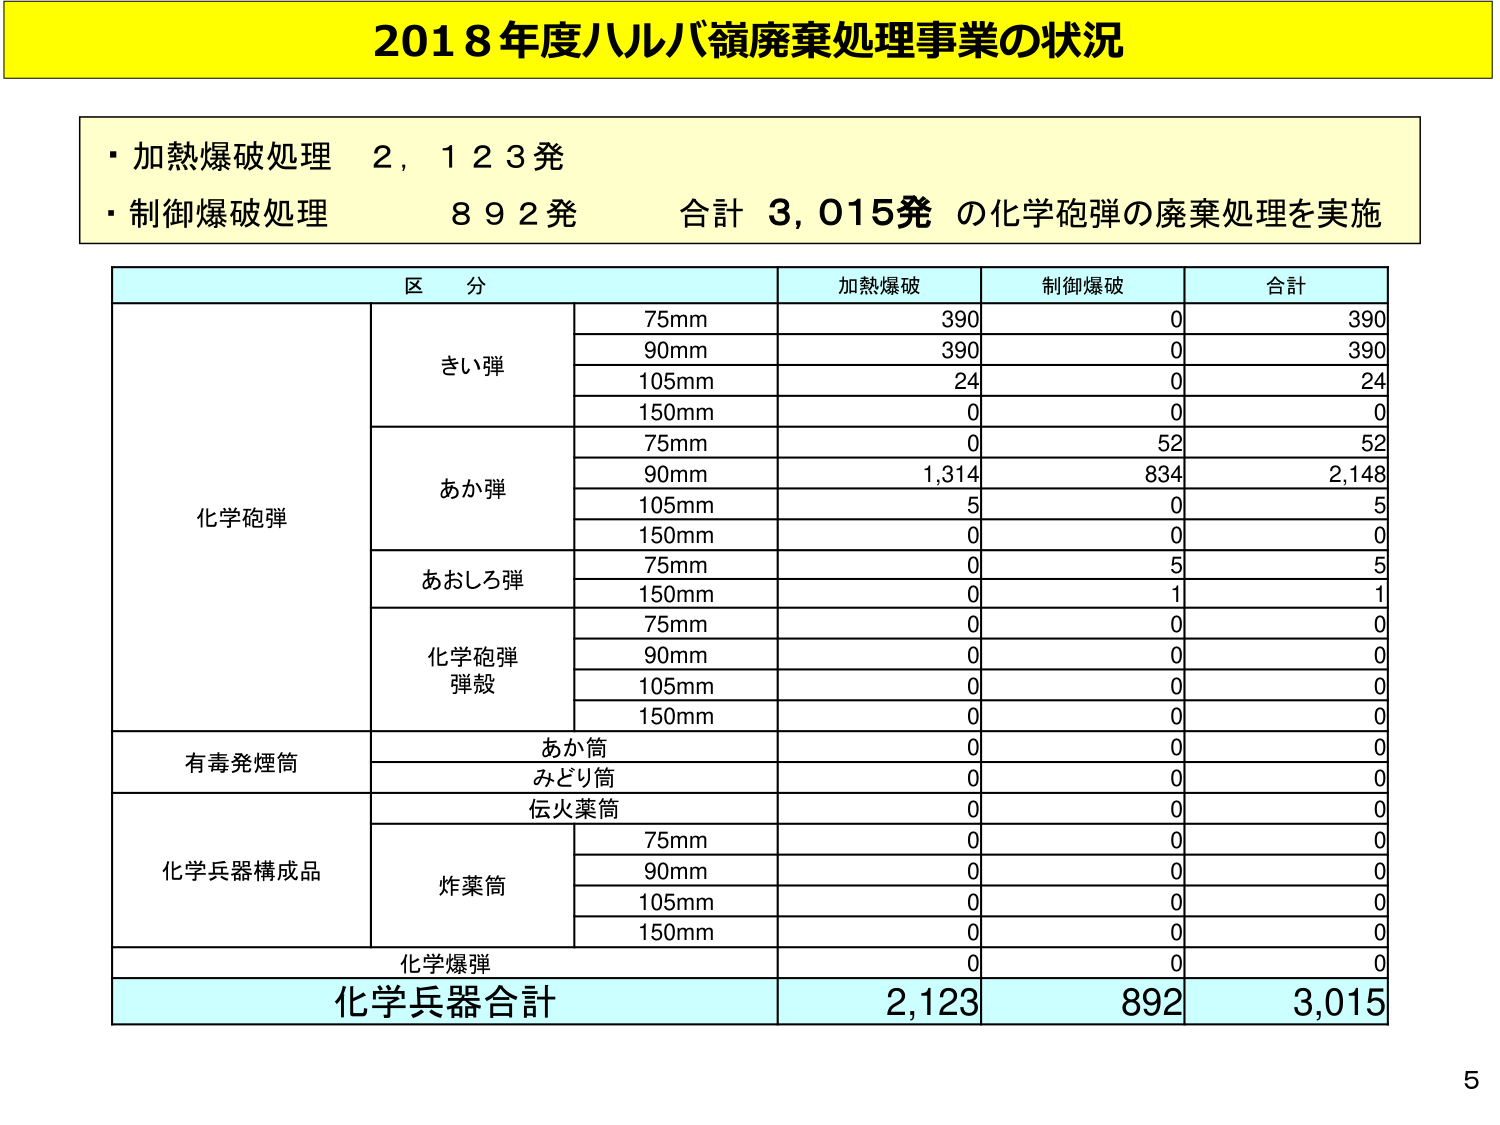
2018年度ハルバ嶺廃棄処理事業の状況

・加熱爆破処理　2,123発
・制御爆破処理　892発　合計 3,015発 の化学砲弾の廃棄処理を実施

区分　　　　　　　　　　　　　加熱爆破　　制御爆破　　合計
化学砲弾
　　　　　　　　　　　　　　　75mm　　　390　　　　0　　　　390
　　　　　　　　　　　　　　　90mm　　　390　　　　0　　　　390
　　　　　　　　　　　　　　　105mm　　　24　　　　0　　　　24
　　　　　　　　　　　　　　　150mm　　　0　　　　0　　　　0
　　　　　　　　　　　　　　　75mm　　　0　　　　52　　　　52
　　　　　　　　　　　　　　　90mm　　　1,314　　　834　　　2,148
　　　　　　　　　　　　　　　105mm　　　5　　　　0　　　　5
　　　　　　　　　　　　　　　150mm　　　0　　　　0　　　　0
　　　　　　　　　　　　　　　75mm　　　0　　　　5　　　　5
　　　　　　　　　　　　　　　150mm　　　0　　　　1　　　　1
　　　　　　　　　　　　　　　75mm　　　0　　　　0　　　　0
　　　　　　　　　　　　　　　90mm　　　0　　　　0　　　　0
　　　　　　　　　　　　　　　105mm　　　0　　　　0　　　　0
　　　　　　　　　　　　　　　150mm　　　0　　　　0　　　　0
有毒発煙筒
　　　　　　　　　　　　　　　あか筒　　　0　　　　0　　　　0
　　　　　　　　　　　　　　　みどり筒　　　0　　　　0　　　　0
　　　　　　　　　　　　　　　伝火薬筒　　　0　　　　0　　　　0
化学兵器構成品
　　　　　　　　　　　　　　　炸薬筒
　　　　　　　　　　　　　　　　75mm　　　0　　　　0　　　　0
　　　　　　　　　　　　　　　　90mm　　　0　　　　0　　　　0
　　　　　　　　　　　　　　　　105mm　　　0　　　　0　　　　0
　　　　　　　　　　　　　　　　150mm　　　0　　　　0　　　　0
化学爆弾　　　　　　　　　　　0　　　　0　　　　0
化学兵器合計　　　　　　　　　2,123　　　892　　　3,015

5